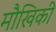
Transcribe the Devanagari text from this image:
मौखिकी